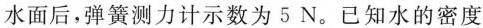
水面后，弹簧测力计示数为5N。已知水的密度